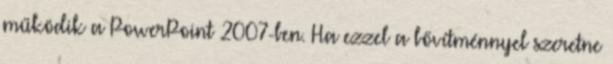
működik a PowerPoint 2007-ben. Ha ezzel a bővítménnyel szeretne